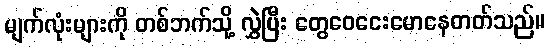
မျက်လုံးများကို တစ်ဘက်သို့ လွှဲပြီး တွေဝေငေးမောနေတတ်သည်။